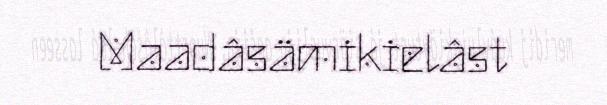
Maadâsämikielâst